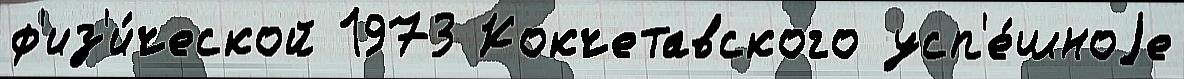
ф'из'и́ческой 1973 Кокчетавского усп'е́шноjе